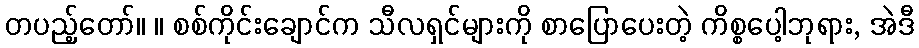
တပည့်တော်။ ။ စစ်ကိုင်းချောင်က သီလရှင်များကို စာပြောပေးတဲ့ ကိစ္စပေါ့ဘုရား, အဲဒီ